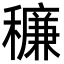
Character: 䆂